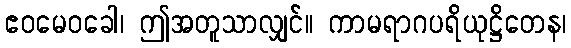
ဧဝမေဝခေါ၊ ဤအတူသာလျှင်။ ကာမရာဂပရိယုဋ္ဌိတေန၊